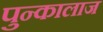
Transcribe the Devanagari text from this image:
पुन्कालाज